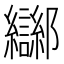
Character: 𲆤